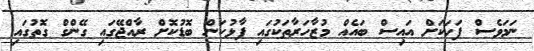
ނަމަވެސް ފަހަކަށް އައިސް ބައެއް މުޒާހަރާތަކުގައި ފާޅުކަން ބޮޑުކޮށް ރާއްޖޭގައި ގޭންގް ގޮތުގައި